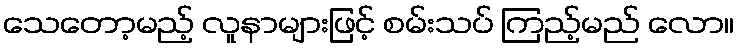
သေတော့မည့် လူနာများဖြင့် စမ်းသပ် ကြည့်မည် လော။